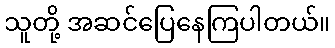
သူတို့ အဆင်ပြေနေကြပါတယ်။